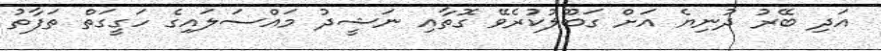
އަދި ބޭރު ދުނިޔެ އަށް ގަބޫލުކުރެވޭ ގޮތާއި ނަޝީދު މައްސަލައިގެ ހަގީގަތް ތަފާތު